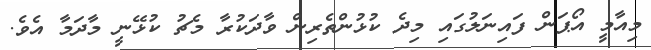
މިއާމީ އޯޕަން ފައިނަލުގައި މިދެ ކުޅުންތެރިން ވާދަކުރާ މެޗު ކުޅޭނީ މާދަމާ އެވެ.